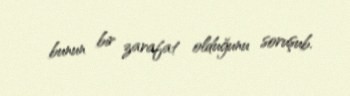
bunun bir zarafat olduğunu soruşub.